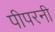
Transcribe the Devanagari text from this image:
पीपरनी